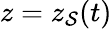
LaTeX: z=z_{\mathcal{S}}(t)